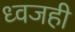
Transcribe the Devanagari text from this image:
ध्वजही